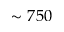
\sim 7 5 0